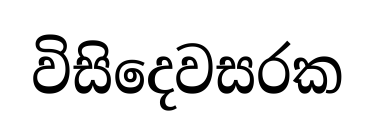
විසිදෙවසරක